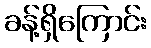
ခန့်ရှိကြောင်း